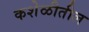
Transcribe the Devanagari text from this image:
कशेळीतील